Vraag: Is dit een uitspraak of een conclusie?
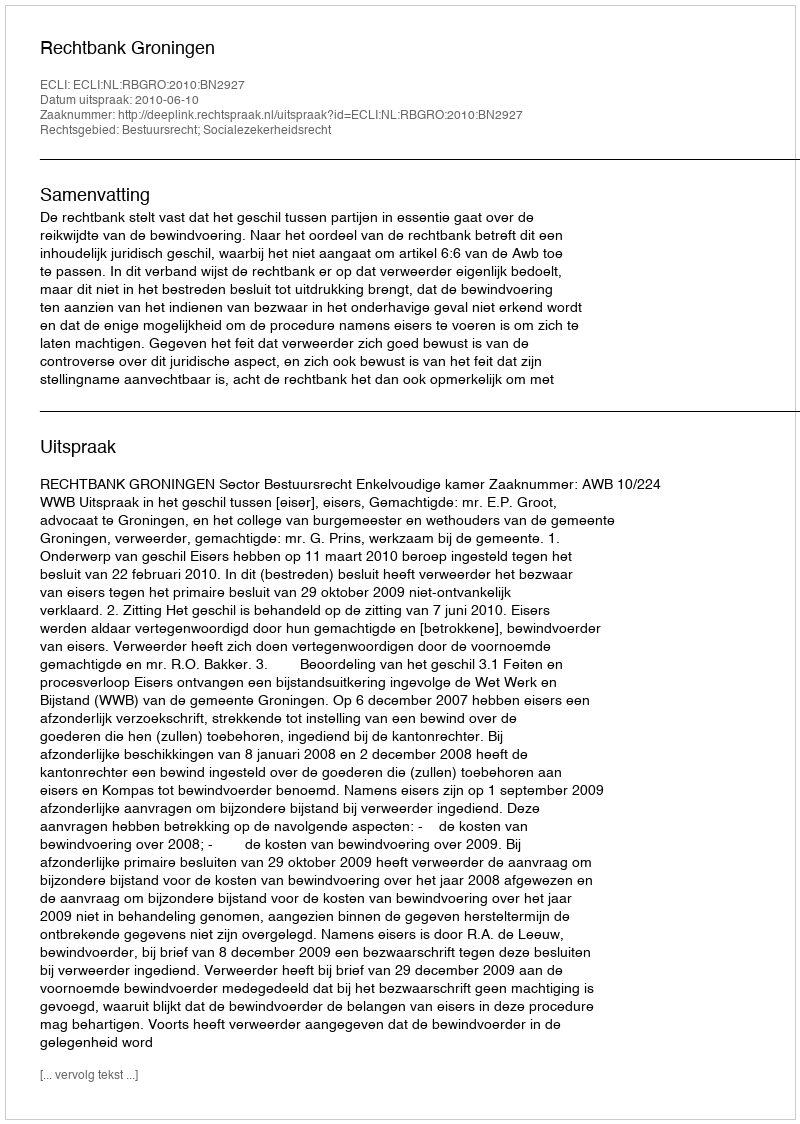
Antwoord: Uitspraak